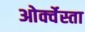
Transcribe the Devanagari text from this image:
ओर्क्वेस्ता